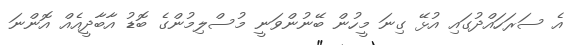
އެ ސަރަހައްދުގައި އުޅޭ ގިނަ މީހުން ބޭނުންވަނީ މުސްލިމުންގެ ބޮޑު އާބާދީއެއް އޮންނަ